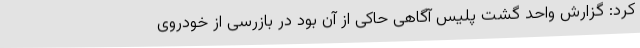
کرد: گزارش واحد گشت پلیس آگاهی حاکی از آن بود در بازرسی از خودروی